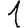
Digit: 1